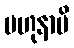
ဗဟုနာပိ